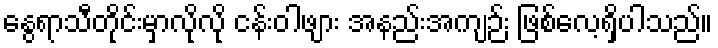
နွေရာသီတိုင်းမှာလိုလို ငန်းဝါဖျား အနည်းအကျဉ်း ဖြစ်လေ့ရှိပါသည်။